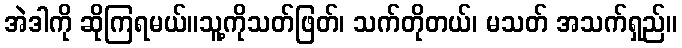
အဲဒါကို ဆိုကြရမယ်။သူ့ကိုသတ်ဖြတ်၊ သက်တိုတယ်၊ မသတ် အသက်ရှည်။